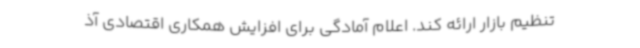
تنظیم بازار ارائه کند. اعلام آمادگی برای افزایش همکاری اقتصادی آذ